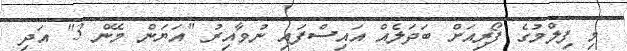
މި ފިލްމުގެ ފޯރިއަށް ބަދަލެއް އައިސްފައި ނުވާއިރު "އަޔަން މޭން 3" އަދި